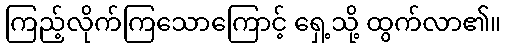
ကြည့်လိုက်ကြသောကြောင့် ရှေ့သို့ ထွက်လာ၏။